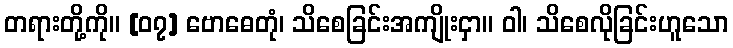
တရားတို့ကို။ [၀၇] ဗောဓေတုံ၊ သိစေခြင်းအကျိုးငှာ။ ဝါ၊ သိစေလိုခြင်းဟူသော